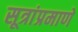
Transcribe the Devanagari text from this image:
सूत्रांप्रमाणे